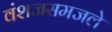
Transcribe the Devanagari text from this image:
वंशजसमजले